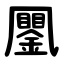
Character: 䥚